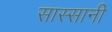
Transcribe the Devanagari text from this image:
सास्सानी